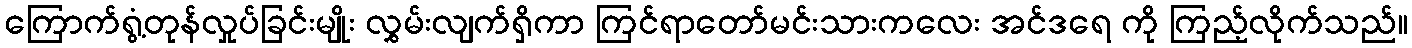
ကြောက်ရွံ့တုန်လှုပ်ခြင်းမျိုး လွှမ်းလျက်ရှိကာ ကြင်ရာတော်မင်းသားကလေး အင်ဒရေ ကို ကြည့်လိုက်သည်။